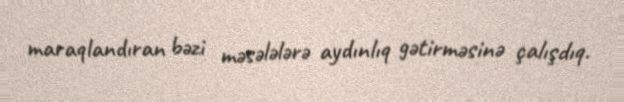
maraqlandıran bəzi məsələlərə aydınlıq gətirməsinə çalışdıq.